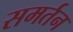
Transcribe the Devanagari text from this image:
समर्तन